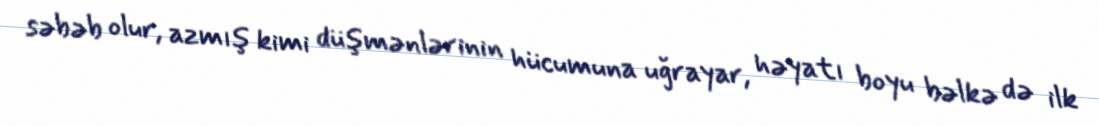
səbəb olur, azmış kimi düşmənlərinin hücumuna uğrayar, həyatı boyu bəlkə də ilk